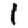
Digit: 1